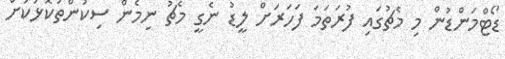
ޑޯޓްމަންޑުން މި މެޗުުގައި ފުރަތަމަ ފަހަރަށް ލީޑު ނެގީ މެޗު ނިމެން ސިކުންތުކޮޅަކަށް